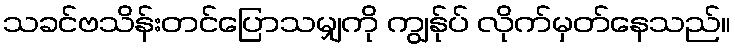
သခင်ဗသိန်းတင်ပြောသမျှကို ကျွန်ုပ် လိုက်မှတ်နေသည်။